Insane asylums in Bengal annual reports 1876-1887 - 1876-1887
Year: 1876
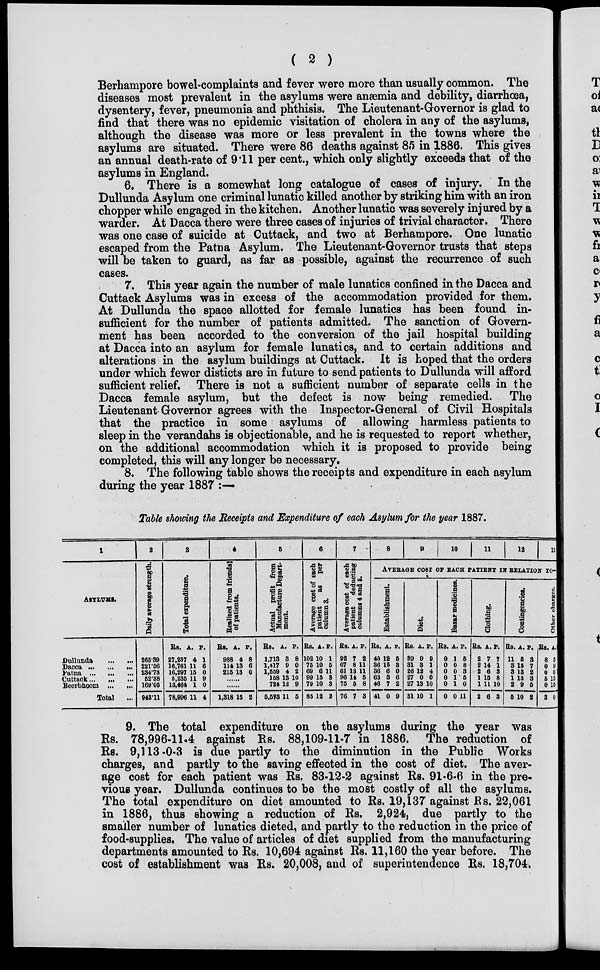
( 2 )
Berhampore bowel-complaints and fever were more than usually common. The
diseases most prevalent in the asylums were anæmia and debility, diarrhœa,
dysentery, fever, pneumonia and phthisis. The Lieutenant-Governor is glad to
find that there was no epidemic visitation of cholera in any of the asylums,
although the disease was more or less prevalent in the towns where the
asylums are situated. There were 86 deaths against 85 in 1886. This gives
an annual death-rate of 9.11 per cent., which only slightly exceeds that of the
asylums in England.
6. There is a somewhat long catalogue of cases of injury. In the
Dullunda Asylum one criminal lunatic killed another by striking him with an iron
chopper while engaged in the kitchen. Another lunatic was severely injured by a
warder. At Dacca there were three cases of injuries of trivial character. There
was one case of suicide at Cuttack, and two at Berhampore. One lunatic
escaped from the Patna Asylum. The Lieutenant-Governor trusts that steps
will be taken to guard, as far as possible, against the recurrence of such
cases.
7. This year again the number of male lunatics confined in the Dacca and
Cuttack Asylums was in excess of the accommodation provided for them.
At Dullunda the space allotted for female lunatics has been found in-
sufficient for the number of patients admitted. The sanction of Govern-
ment has been accorded to the conversion of the jail hospital building
at Dacca into an asylum for female lunatics, and to certain additions and
alterations in the asylum buildings at Cuttack. It is hoped that the orders
under which fewer disticts are in future to send patients to Dullunda will afford
sufficient relief. There is not a sufficient number of separate cells in the
Dacca female asylum, but the defect is now being remedied. The
Lieutenant Governor agrees with the Inspector-General of Civil Hospitals
that the practice in some asylums of allowing harmless patients to
sleep in the verandahs is objectionable, and he is requested to report whether,
on the additional accommodation which it is proposed to provide being
completed, this will any longer be necessary.
8. The following table shows the receipts and expenditure in each asylum
during the year 1887 :—
Table showing the Receipts and Expenditure of each Asylum for the year 1887.
1
ASYLUMS.
Dullunda
...
...
Dacca
...
...
...
Patna
...
...
...
Cuttack ... ... ...
Beerbhoom ... ...
Total ...
2
Daily average strength.
265.39
221.56
234.73
52.38
169.05
943.11
3
Total expenditure.
Rs.
27,237
16,781
16,297
5,235
13,464
78,996
A.
4
11
15
11
1
11
P.
1
6
0
9
0
4
4
Realised from friends
of patients.
Rs.
988
114
215
A.
4
13
13
P.
8
6
0
......
......
1,318 15 2
5
Actual profit from
Manufacture Depart-
ment.
Rs.
1,713
1,417
1,559
158
724
5,573
A.
3
9
4
P.
8
0
2
13 10
12
11
9
5
6
Average cost of each
patient
as per
column 3.
Rs.
102
75
69
99
79
83
A.
10
10
6
15
10
12
P.
1
5
11
8
3
2
7
Average cost of each
patient deducting
columns 4 and 5.
Rs.
92
67
61
96
75
76
A.
7
8
13
14
5
7
P.
2
11
11
5
8
3
8
9
10
11
12
13
AVERAGE COST OF EACH PATIENT IN RELATION TO-
Establishment.
Rs.
40
36
36
63
46
41
A.
12
15
6
3
7
0
P.
5
8
0
6
2
9
Diet.
Rs.
39
31
26
27
27
31
A.
9
3
12
0
13
10
P.
9
1
4
0
10
1
Bazar medicines.
Rs.
0
0
0
0
0
0
A.
1
0
0
1
1
0
P.
5
8
3
5
0
11
Clothing.
Rs.
2
2
2
1
1
2
A.
7
14
6
15
11
6
P.
7
1
3
8
10
3
Contingencies.
Rs.
11
3
3
1
2
5
A.
5
15
13
13
9
10
P.
3
7
2
3
5
2
Other chargon.
Rs.
8
0
0
5
0
3
A.
5
9
0
13
15
0
9. The total expenditure on the asylums during the year was
Rs. 78,996-11.4 against Rs. 88,109-11-7 in 1886. The reduction of
Rs. 9,113-0-3 is due partly to the diminution in the Public Works
charges, and partly to the saving effected in the cost of diet. The aver-
age cost for each patient was Rs. 83-12-2 against Rs. 91-6-6 in the pre-
vious year. Dullunda continues to be the most costly of all the asylums.
The total expenditure on diet amounted to Rs. 19,137 against Rs. 22,061
in 1886, thus showing a reduction of Rs. 2,924, due partly to the
smaller number of lunatics dieted, and partly to the reduction in the price of
food-supplies. The value of articles of diet supplied from the manufacturing
departments amounted to Rs. 10,694 against Rs. 11,160 the year before. The
cost of establishment was Rs. 20,008, and of superintendence Rs. 18,704.